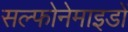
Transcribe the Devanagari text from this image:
सल्फोनेमाइडों